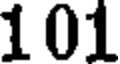
101